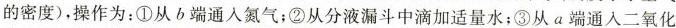
的密度)，操作为：①从b端通入氮气；②从分液漏斗中滴加适量水；③从a端通入二氧化